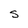
Character: S